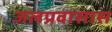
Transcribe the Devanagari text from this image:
जलप्रवासास